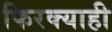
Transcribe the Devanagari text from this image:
फिरक्याही